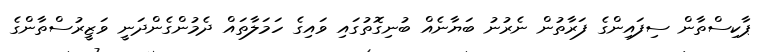
ޕާކިސްތާން ސިފައިންގެ ފަރާތުން ނެރުނު ބަޔާނެއް ބުނިގޮތުގައި ވައިގެ ހަމަލާތައް ދެމުންގެންދަނީ ވަޒީރުސްތާންގެ